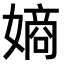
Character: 𫱨